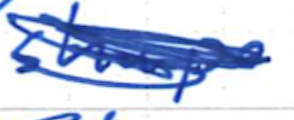
Text: shape
Cross-out: scratch
Writing tool: ballpoint